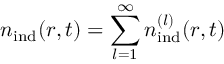
{ n } _ { \mathrm { i n d } } ( \boldsymbol { r } , t ) = \sum _ { l = 1 } ^ { \infty } { n } _ { \mathrm { i n d } } ^ { ( l ) } ( \boldsymbol { r } , t )